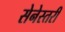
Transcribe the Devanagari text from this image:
सेनेस्तरी